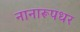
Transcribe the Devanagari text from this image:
नानारूपधर